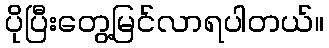
ပိုပြီးတွေ့မြင်လာရပါတယ်။